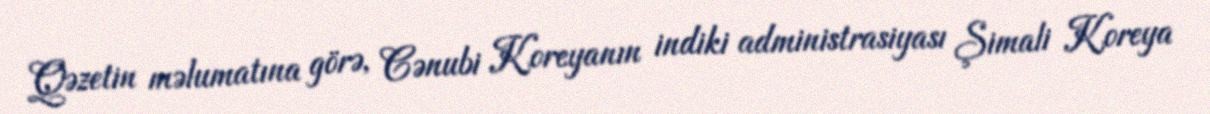
Qəzetin məlumatına görə, Cənubi Koreyanın indiki administrasiyası Şimali Koreya